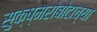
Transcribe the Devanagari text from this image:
सुक्ष्मरोबोटाच्या